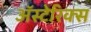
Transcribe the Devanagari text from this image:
अॅस्टेरिक्स